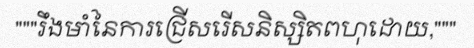
"""រឹងមាំនៃការជ្រើសរើសនិស្សិតពហុដោយ,"""